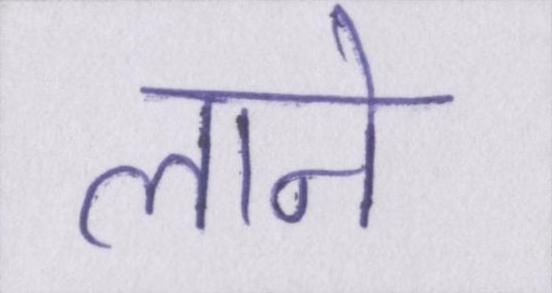
लाने